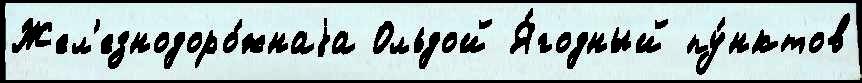
Жел'езнодоро́жнаjа Ольдой Я́годный пу́нктов